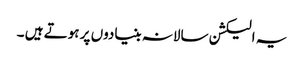
یہ الیکشن سالانہ بنیادوں پر ہوتے ہیں ۔